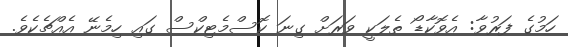
ހަމުގެ ފަރުވާ: އެވޮކާޑޯ ތެލަކީ ވަރަށް ގިނަ ކޮސްމެޓިކްސް ގައި ހިމެނޭ އެއްޗެކެވެ.